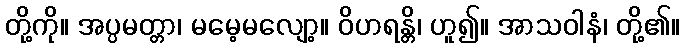
တို့ကို။ အပ္ပမတ္တာ၊ မမေ့မလျော့။ ဝိဟရန္တိ၊ ဟူ၍။ အာသဝါနံ၊ တို့၏။